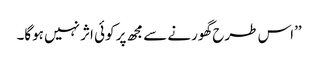
’’اس طرح گھورنے سے مجھ پر کوئی اثر نہیں ہوگا۔